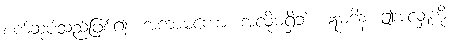
စက်ဆုပ်သည်ဖြစ်၍။ အကာမကော၊ အလိုမရှိဘဲ။ ဣမံဒါနံ၊ ဤအလှူကို။